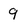
Character: 9